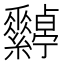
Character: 𦈀